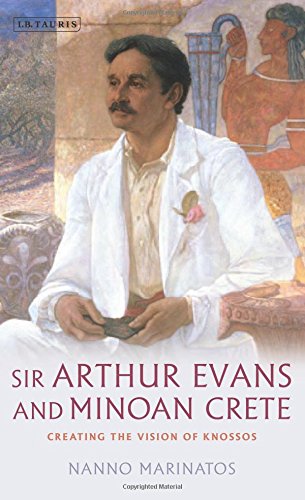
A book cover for Sir Arthur Evans and Minoan Crete: Creating the Vision of Knossos (Library of Classical Studies); Nanno Marinatos; History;